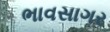
ભાવસાગર